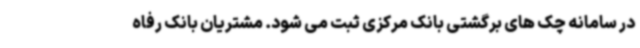
در سامانه چک های برگشتی بانک مرکزی ثبت می شود. مشتریان بانک رفاه